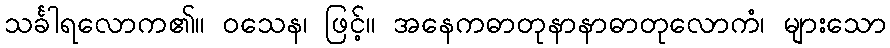
သင်္ခါရလောက၏။ ဝသေန၊ ဖြင့်။ အနေကဓာတုနာနာဓာတုလောကံ၊ များသော